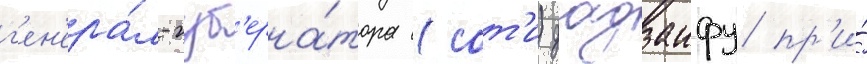
г'ен'ера́л-губ'ерна́тора (сот'и) дадзаифу пр'и́